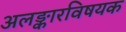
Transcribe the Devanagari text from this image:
अलङ्कारविषयक